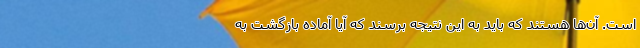
است. آن‌ها هستند که باید به این نتیجه برسند که آیا آماده بازگشت به